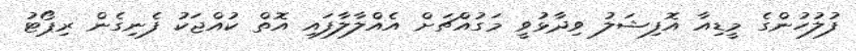
ފުލުހުންގެ މީޑިއާ އޮފިޝަލު ވިދާޅުވީ މަގުއްޗަށް އެއްލާލާފައި އޮތް ކުއްޖަކު ފެނިގެން ރިޕޯޓު